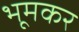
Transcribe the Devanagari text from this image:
भूमकर